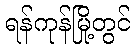
ရန်ကုန်မြို့တွင်